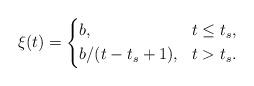
LaTeX: \begin{align*} \xi(t)=\left\{\begin{aligned}& b, & t\leq t_s, \\& b/(t-t_s+1), & t>t_s.\end{aligned}\right.\end{align*}